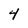
Character: 4